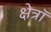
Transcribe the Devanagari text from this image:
क्षेत्रॉ